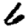
Digit: 6